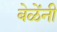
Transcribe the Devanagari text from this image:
बेळेंनी